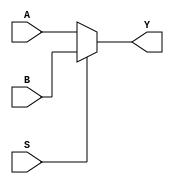
module mux_2to1 (
    input wire A,
    input wire B,
    input wire S,
    output reg Y
);

// 2:1 MUX logic
always @ (A, B, S)
begin
    if(S == 0)
        Y = A;
    else
        Y = B;
end

endmodule